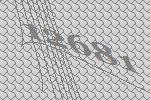
12681